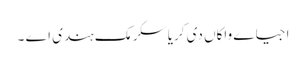
اجیاے واکاں دی کریا سکرمک ہندی اے ۔